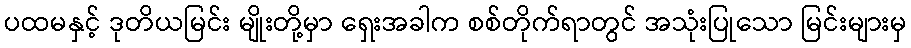
ပထမနှင့် ဒုတိယမြင်း မျိုးတို့မှာ ရှေးအခါက စစ်တိုက်ရာတွင် အသုံးပြုသော မြင်းများမှ